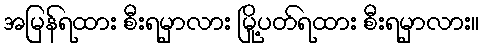
အမြန်ရထား စီးရမှာလား မြို့ပတ်ရထား စီးရမှာလား။